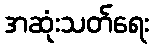
အဆုံးသတ်ရေး